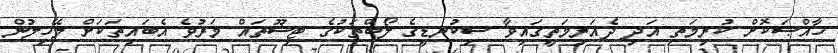
ޚާއްޞަކޮށް ކުރިމަތި އަދި ދެއަރިމަތީގައިވާ ސިކުނޑީގެ ލޯބްތަކުގެ ޓިޝޫތައް މަރުވެ އެބައިތަކަށް ލޭހިލުން